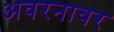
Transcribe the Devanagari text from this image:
अवरनावर